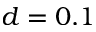
d = 0 . 1